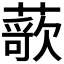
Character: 𬞢